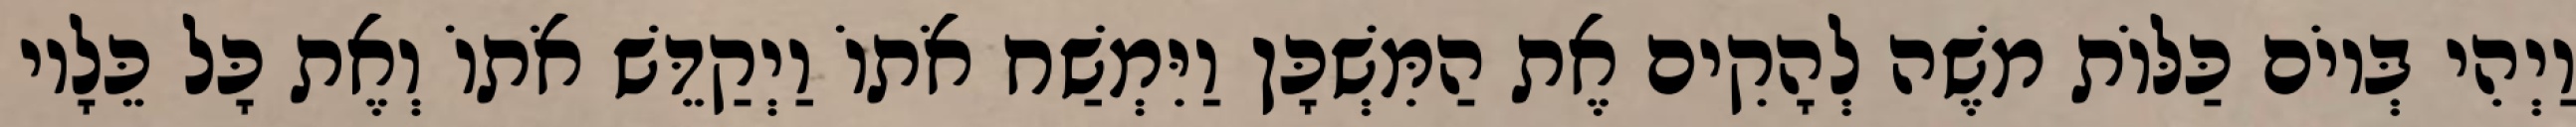
וַיְהִי בְּיוֹם כַּלּוֹת משֶׁה לְהָקִים אֶת הַמִּשְׁכָּן וַיִּמְשַׁח אֹתוֹ וַיְקַדֵּשׁ אֹתוֹ וְאֶת כָּל כֵּלָיו